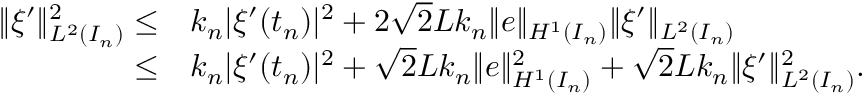
\begin{array} { r } { \begin{array} { r l } { \| \xi ^ { \prime } \| _ { L ^ { 2 } ( I _ { n } ) } ^ { 2 } \leq } & { k _ { n } | \xi ^ { \prime } ( t _ { n } ) | ^ { 2 } + 2 \sqrt { 2 } L k _ { n } \| e \| _ { H ^ { 1 } ( I _ { n } ) } \| \xi ^ { \prime } \| _ { L ^ { 2 } ( I _ { n } ) } } \\ { \leq } & { k _ { n } | \xi ^ { \prime } ( t _ { n } ) | ^ { 2 } + \sqrt { 2 } L k _ { n } \| e \| _ { H ^ { 1 } ( I _ { n } ) } ^ { 2 } + \sqrt { 2 } L k _ { n } \| \xi ^ { \prime } \| _ { L ^ { 2 } ( I _ { n } ) } ^ { 2 } . } \end{array} } \end{array}